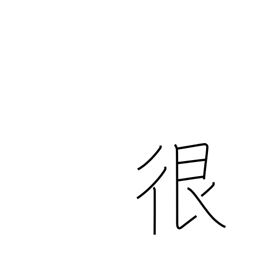
Meaning: dispute